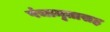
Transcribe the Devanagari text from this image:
पंचामृतासह